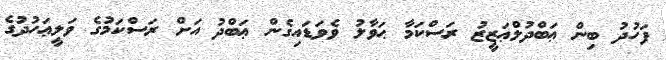
ފަހުދު ބިން ޢަބްދުލްޢަޒީޒު ރަސްކަމާ ޙަވާލު ވެވަޑައިގެން ޢަބްދު އަށް ރަސްކަމުގެ ވަލީޢަހުދުގެ